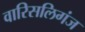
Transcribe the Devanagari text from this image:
वारिसलिगंज